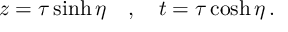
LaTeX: z = \tau \sinh \eta \quad , \quad t = \tau \cosh \eta \, .